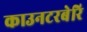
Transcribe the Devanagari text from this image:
काउनटरबेरि